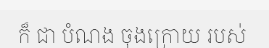
ក៏ ជា បំណង ចុងក្រោយ របស់